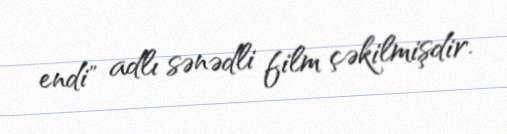
endi" adlı sənədli film çəkilmişdir.